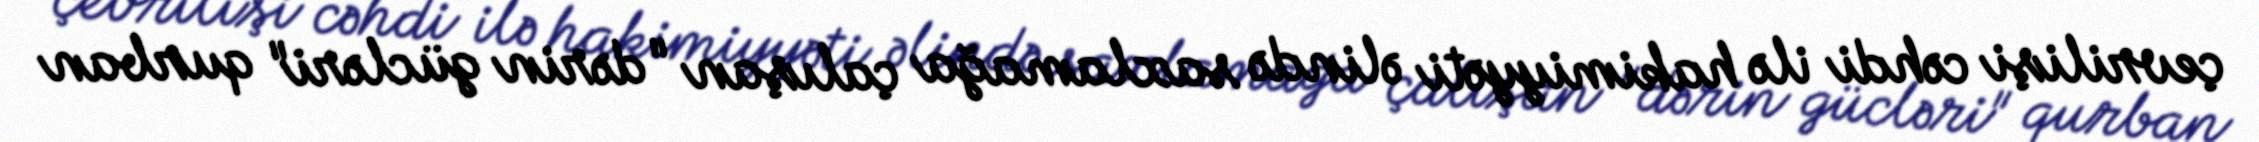
çevrilişi cəhdi ilə hakimiyyəti əlində saxlamağa çalışan "dərin gücləri" qurban